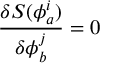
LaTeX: \frac { \delta S ( \phi _ { a } ^ { i } ) } { \delta \phi _ { b } ^ { j } } = 0